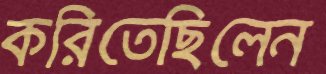
করিতেছিলেন